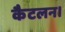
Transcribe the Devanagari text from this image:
कैटलन।